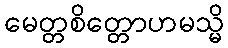
မေတ္တစိတ္တောဟမသ္မိ